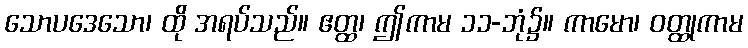
သောပဒေသော၊ ထို အရပ်သည်။ ဧတ္ထ၊ ဤကာမ ၁၁-ဘုံ၌။ ကာမော၊ ဝတ္ထုကာမ